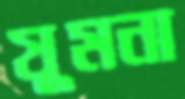
যুমনা